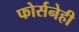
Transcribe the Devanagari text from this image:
फोर्सनेही